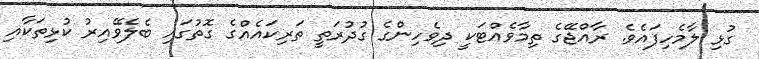
ގުޅި ލާމެހިފައެވެ. ރާއްޖޭގެ ތިމާވެއްޓަކީ ދިވެހިންގެ ގުދުރަތީ ތަރިކައެއްގެ ގޮތުގައި ބެލެވޭއިރު ކުޅިތަކާއި